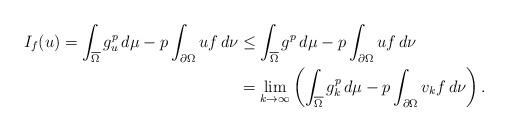
LaTeX: \begin{align*}I_f(u)=\int_{\overline\Omega}g_u^p\,d\mu-p\int_{\partial\Omega}uf\,d\nu&\le\int_{\overline\Omega}g^p\,d\mu-p\int_{\partial\Omega}uf\,d\nu\\&=\lim_{k\to\infty}\left(\int_{\overline\Omega}g_k^p\,d\mu-p\int_{\partial\Omega}v_kf\,d\nu\right).\end{align*}